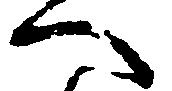
へ